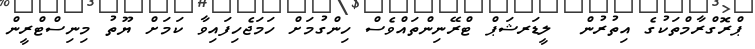
ޕްރޮގްރާމްތަކުގެ އިތުރުން  ލީޑަރޝަޕް ޓްރޭނިންތައްވެސް ހިންގުމަށް ހަމަޖެހިފައިވާ ކަމަށް ޔޫތު މިނިސްޓްރީން